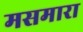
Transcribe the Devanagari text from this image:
मसमारा